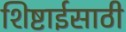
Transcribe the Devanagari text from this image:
शिष्टाईसाठी